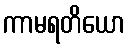
ကာမရတိယော